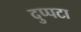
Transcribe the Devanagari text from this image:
दुप्पटा